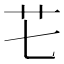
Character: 𮶛